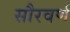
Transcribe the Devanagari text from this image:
सौरवर्ण